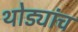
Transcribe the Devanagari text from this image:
थोड्यांच